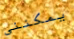
يمكنني